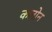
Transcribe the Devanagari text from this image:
कलोन